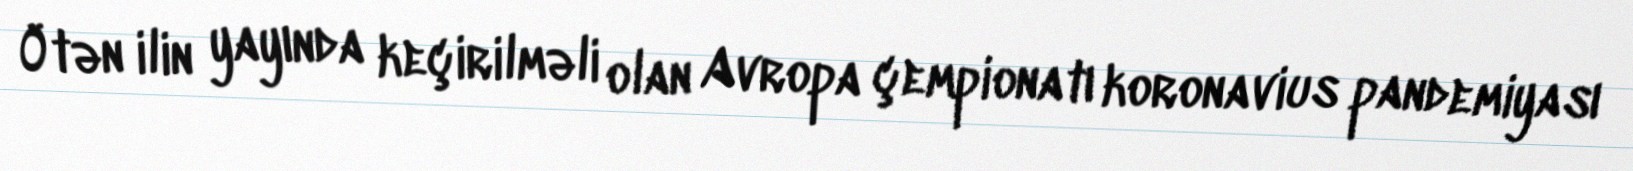
Ötən ilin yayında keçirilməli olan Avropa çempionatı koronavius pandemiyası